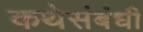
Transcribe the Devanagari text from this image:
कथेसंबंधी